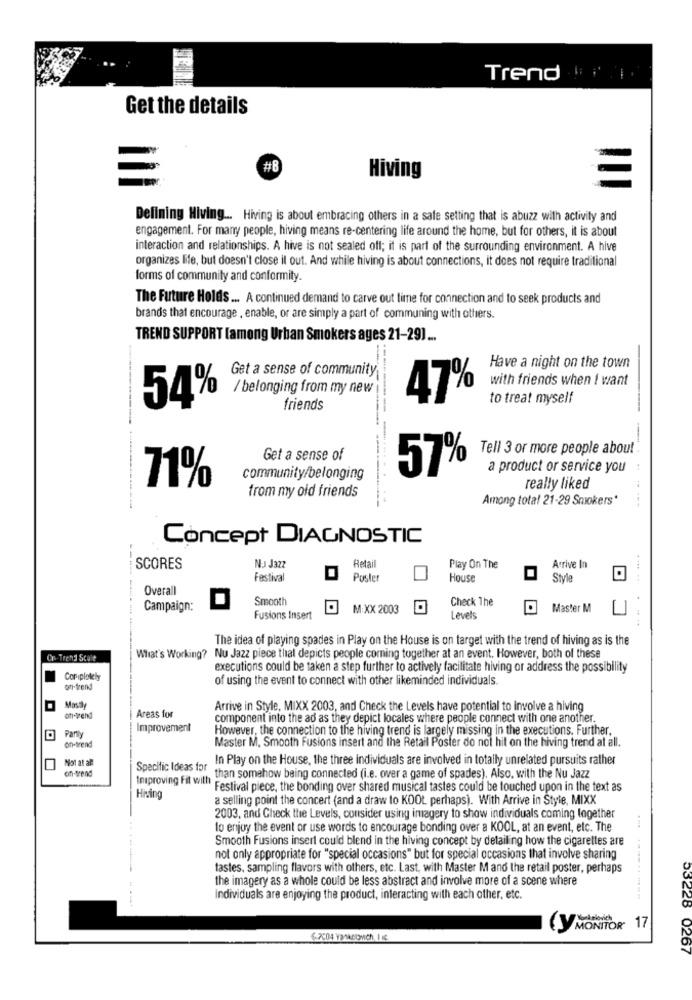
Trend
Get the details
#8
Hiving
Defining Hiving ... Hiving is about embracing others in a safe setting that is abuzz with activity and
engagement. For many people, hiving means re-centering life around the home, but for others, it is about
interaction and relationships. A hive is not sealed off; it is part of the surrounding environment. A hive
organizes life, but doesn't close il out. And while hiving is about connections, it does not require traditional
forms of community and conformity.
The Future Holds ... A continued demand to carve out time for connection and to seek products and
brands that encourage , enable, or are simply a part of communing with others.
TREND SUPPORT [among Urban Smokers ages 21-29) ...
Get a sense of community
Have a night on the town
with friends when I want
/ belonging from my new
54%
47%
to treat myself
friends
---------
-----
Tell 3 or more people about :
Get a sense of
57%
a product or service you
71%
community/belonging
from my old friends
really liked
---------
Among total 21-29 Smokers*
Concept DIAGNOSTIC
Retail
SCORES
NEJ Jazz
Play On The
Arrive In
Festival
Poster
House
Style
.... ..
Overall
Smooth
Check The
Campaign:
M:XX 2003
Master M
Fusions Insert
Levels
The idea of playing spades in Play on the House is on target with the trend of hiving as is the
Cr-Trend Scale
What's Working? Nu Jazz piece that depicts people coming together at an event. However, both of these
executions could be taken a step further to actively facilitate hiving or address the possibility
Coriplotely
of using the event to connect with other likeminded individuals.
on-trend
Mostly
Arrive in Style, MIXX 2003, and Check the Levels have potential to involve a hiving
ofi-vend
Areas for
component into the ad as they depict locales where people connect with one another.
Partly
Improvement
However, the connection to the hiving trend is largely missing in the executions. Further.
on-trend
Master M. Smooth Fusions insert and the Retail Poster do not hit on the hiving trend at all.
Not at all
In Play on the House, the three individuals are involved in totally unrelated pursuits rather
on-trend
Specific Ideas for
Improving Fit with than somehow being connected (i.e. over a game of spades). Also, with the Nu Jazz
Festival piece, the bonding over shared musical tastes could be touched upon in the text as
Hiving
a selling point the concert (and a draw to KOOL perhaps). With Arrive in Style, MIXX
2003, and Check the Levels, consider using imagery to show individuals coming together
to enjoy the event or use words to encourage bonding over a KOOL, at an event, etc. The
Smooth Fusions insert could blend in the hiving concept by detailing how the cigarettes are
not only appropriate for "special occasions" but for special occasions that involve sharing
tastes, sampling flavors with others, etc. Last, with Master M and the retail poster, perhaps
the imagery as a whole could be less abstract and involve more of a scene where
Individuals are enjoying the product, interacting with each other, etc.
(y MONIT
MONITOR 17
53226 0267